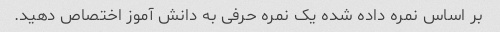
بر اساس نمره داده شده یک نمره حرفی به دانش آموز اختصاص دهید.